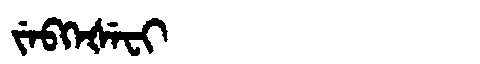
Manchu: ᠵᡝᠪᡴᡝᡧᡝᠸᡳ
Romanization: JEBKEŠEFI